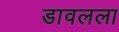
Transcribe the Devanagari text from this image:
डावलला